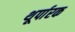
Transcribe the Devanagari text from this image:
थूर्पारक